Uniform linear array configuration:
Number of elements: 12
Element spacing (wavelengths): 1
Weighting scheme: hamming
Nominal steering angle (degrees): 0
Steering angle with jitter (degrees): -0.1231
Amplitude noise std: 0.05
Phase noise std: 0.05

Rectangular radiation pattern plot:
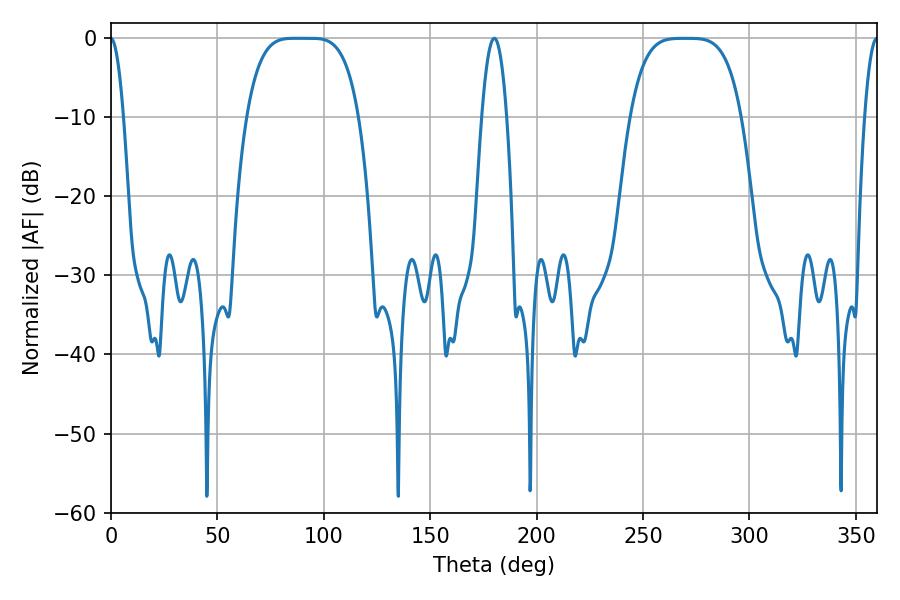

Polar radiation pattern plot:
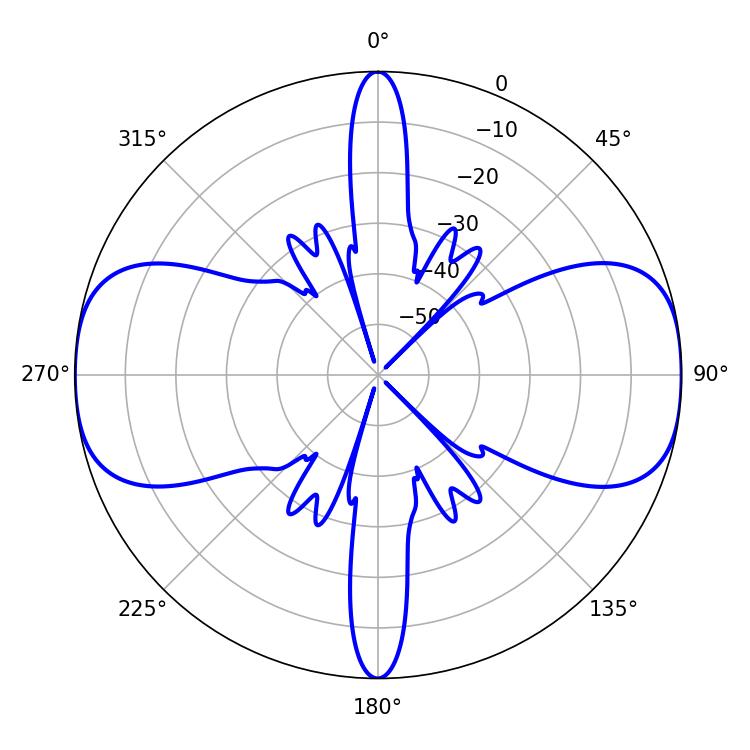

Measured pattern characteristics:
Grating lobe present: TRUE
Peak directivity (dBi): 20.392
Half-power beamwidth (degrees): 39.6
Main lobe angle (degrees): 86.58